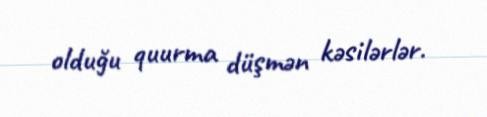
olduğu quurma düşmən kəsilərlər.